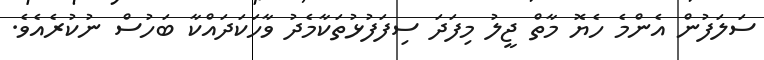
ސަލަފުން އެންމެ ހެޔޮ މާތް ޖީލު މިފަދަ ސިފަފުޅުތަކާމެދު ވާހަކަދައްކާ ބަހުސް ނުކުރެއެވެ.